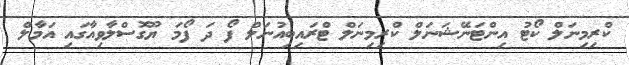
ކްރިމިނަލް ކޯޓު އިންޓަނޭޝަނަލް ކްރިމިނަލް ޓްރައިބިއުނަލް ފޯ ދަ ފޯމަ ޔޫގޮސްލާވިއާގައި އަމާލް